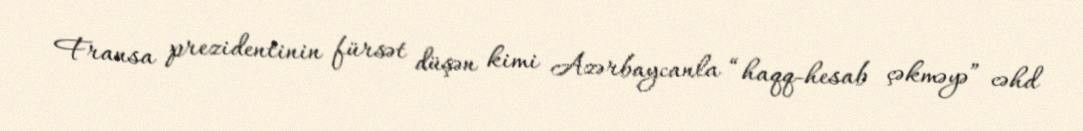
Fransa prezidentinin fürsət düşən kimi Azərbaycanla “haqq-hesab çəkməyə” cəhd